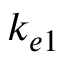
k _ { e 1 }